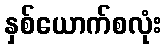
နှစ်ယောက်စလုံး